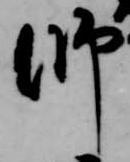
師